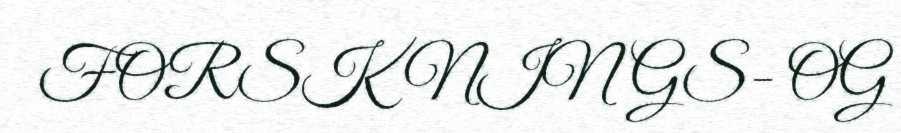
FORSKNINGS- OG